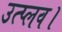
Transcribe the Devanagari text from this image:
उत्प्लव।